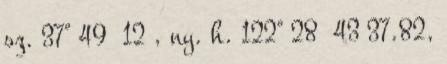
sz. 37° 49′ 12″, ny. h. 122° 28′ 43″37.82,